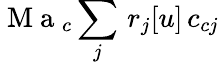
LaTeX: \mathrm{~M~a~}_{c}\sum_{j}\, r_{j}[u]\, c_{cj}